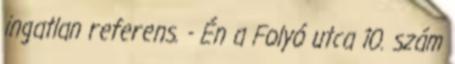
ingatlan referens. - Én a Folyó utca 10. szám